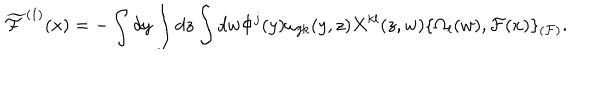
LaTeX: \widetilde { \cal F } ^ { ( 1 ) } ( x ) = - \int d y \int d z \int d w \Phi ^ { j } ( y ) \omega _ { j k } ( y , z ) X ^ { k l } ( z , w ) \{ \Omega _ { l } ( w ) , { \cal F } ( x ) \} _ { ( { \cal F } ) } .